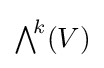
{\textstyle \bigwedge }^{\!k}(V)